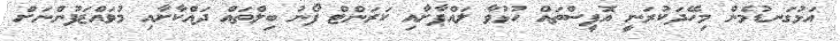
އަޅުގަނޑުމެން މިހޭދަކުރަނީ އޮފީސްތައް ހުޅުވާ ލައްޕާށާއި ކަރަންޓް ފޯނު ބިލްތައް ދައްކާށާއި މުވައްޒަފުންނަށް